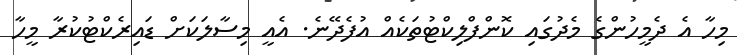
މިހާ އެ ދެމީހުންގެ މެދުގައި ކޮންފްލިކްޓުތަކެއް އުފެދޭނެ. އެއީ މިސާލަކަށް ޑައިރެކްޓުކުރާ މީހާ